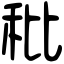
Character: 秕